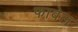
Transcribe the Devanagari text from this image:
फावेल